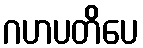
ဂဟပတိပေ